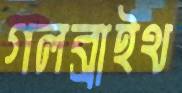
গলব্রাইথ